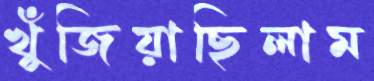
খুঁজিয়াছিলাম